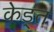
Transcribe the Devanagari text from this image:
केड्त